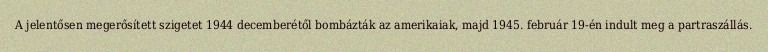
A jelentősen megerősített szigetet 1944 decemberétől bombázták az amerikaiak, majd 1945. február 19-én indult meg a partraszállás.